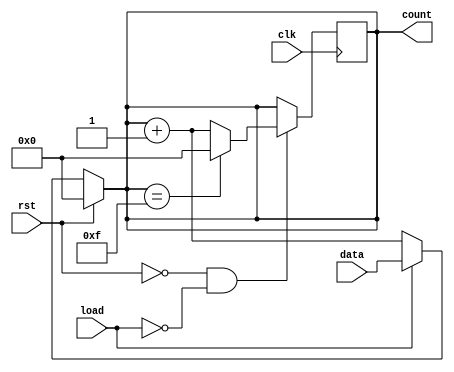
module async_load_counter (
    input wire clk,          // Clock signal
    input wire rst,          // Asynchronous reset signal
    input wire load,         // Asynchronous load signal
    input wire [3:0] data,   // Preset value (4-bit)
    output reg [3:0] count   // Current count value (4-bit)
);

// Always block for asynchronous reset and load
always @(*) begin
    if (rst) begin
        count = 4'b0000;    // Reset the counter to zero
    end else if (load) begin
        count = data;       // Load the preset value
    end else begin
        count = count + 1;  // Increment the counter
    end
end

// Always block for synchronous counting on clock edge
always @(posedge clk) begin
    if (!rst && !load) begin
        if (count == 4'b1111) begin
            count <= 4'b0000; // Wrap around to zero
        end else begin
            count <= count + 1; // Increment the counter
        end
    end
end

endmodule